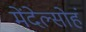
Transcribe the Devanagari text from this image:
मेंदेल्सोहं